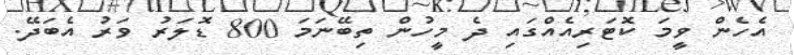
އެހެން ވީމަ ކޮޓަރިއެއްގައި ދެ މީހުން ތިބޭނަމަ 800 ޑޮލަރު ވަރު އެބަދޭ.